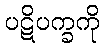
ပဋိပက္ခကို